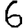
Digit: 6